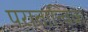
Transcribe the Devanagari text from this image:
परातात्विक